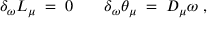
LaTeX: \delta _ { \omega } L _ { \mu } \; = \; 0 \; \; \; \; \; \; \; \delta _ { \omega } \theta _ { \mu } \; = \; D _ { \mu } \omega \; ,